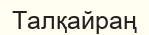
Талқайраң